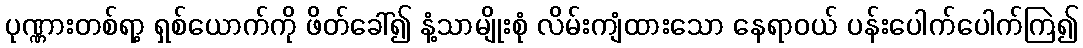
ပုဏ္ဏားတစ်ရာ့ ရှစ်ယောက်ကို ဖိတ်ခေါ်၍ နံ့သာမျိုးစုံ လိမ်းကျံထားသော နေရာဝယ် ပန်းပေါက်ပေါက်ကြဲ၍